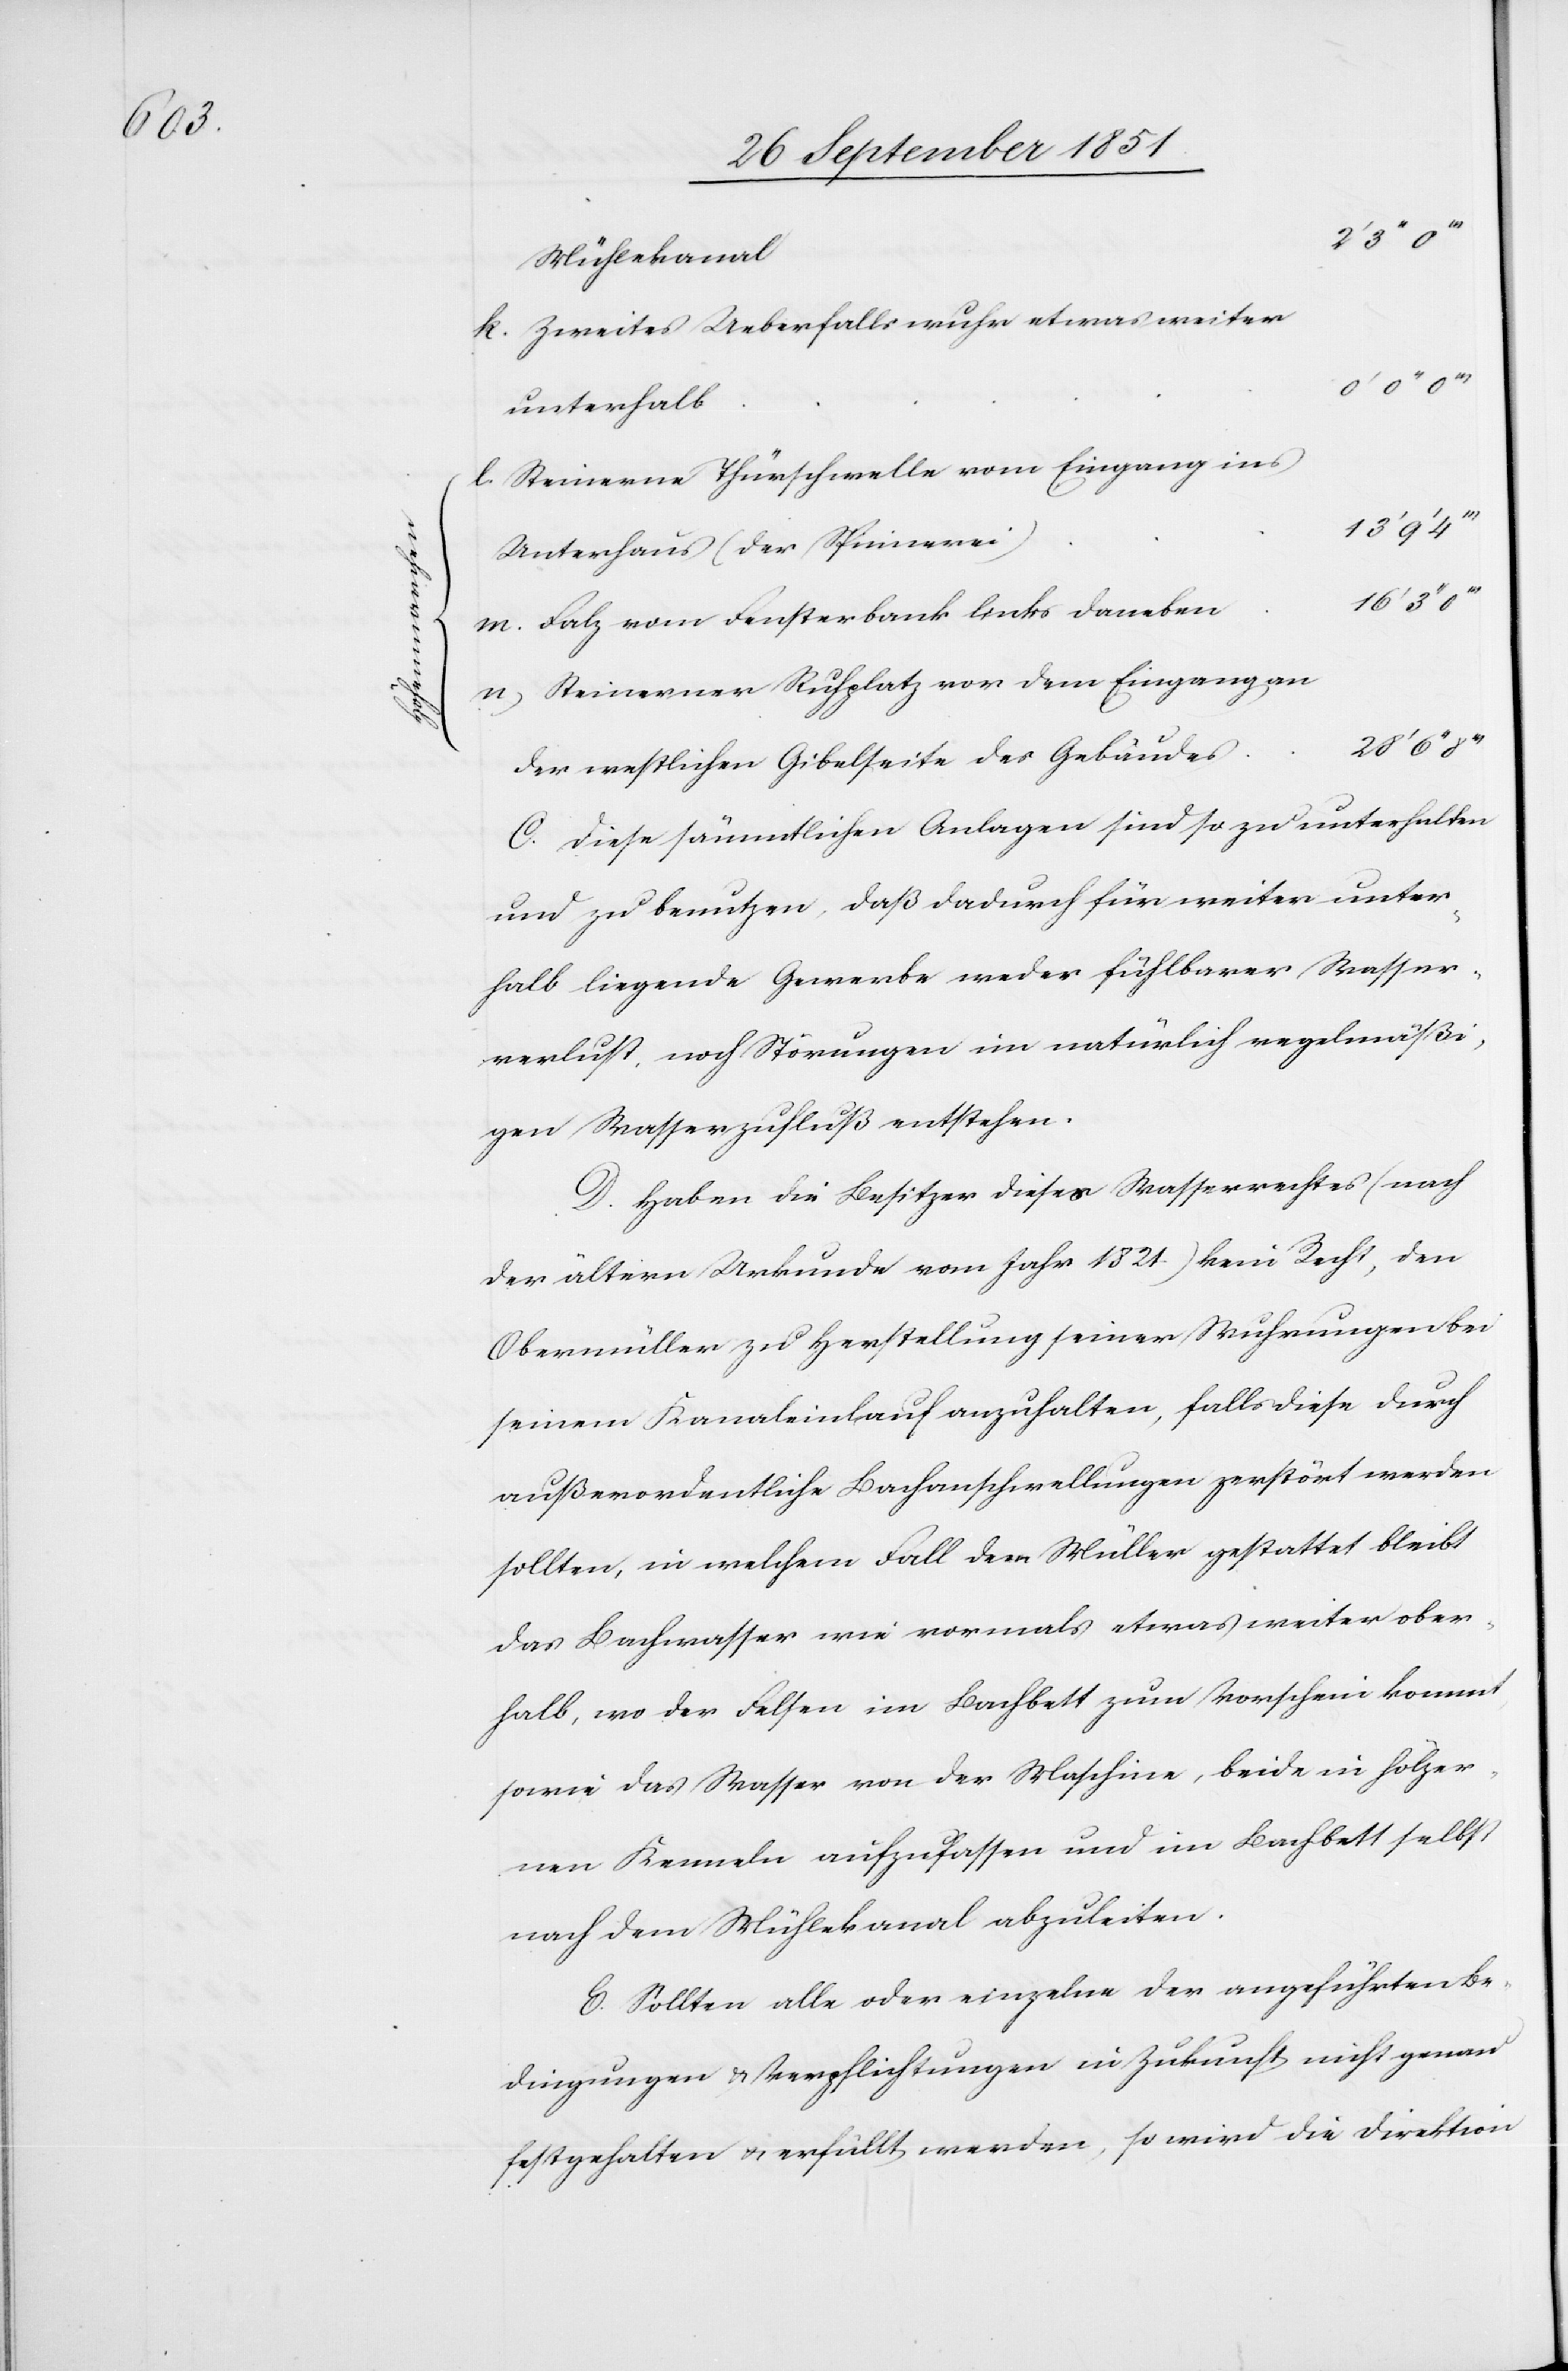
13‘

E.

Mühlekanal
Zweites Ueberfallswuhr etwas weiter
unterhalb
Steinerne Thürschwelle vom Eingang ins
Unterhaus (der Spinnerei)
Falz vom Fensterbank links daneben
Steinerner Ruhplatz vor dem Eingang an
28‘ 6‘‘
der westlichen Gibelseite des Gebäudes
Diese sämmtlichen Anlagen sind so zu unterhalten
und zu benutzen, daß dadurch für weiter unter¬
halb liegende Gewerbe weder fühlbarer Wasser¬
verlust, noch Störungen im natürlich regelmäßi¬
gen Wasserzufluß entstehen.
Haben die Besitzer dieses Wasserrechtes (nach
der ältern Urkunde vom Jahr 1821.) kein Recht, den
Obermüller zu Herstellung seiner Wuhrungen bei
seinem Kanaleinlauf anzuhalten, falls diese durch
außerordentliche Bachanschwellungen zerstört werden
sollten, in welchem Fall dem Müller gestattet bleibt
das Bachwasser wie vormals etwas weiter ober¬
halb, wo der Felsen im Bachbett zum Vorschein kommt,
sowie das Wasser von der Maschine, beide in hölzer¬
nen Kenneln aufzufassen und im Bachbett selbst
nach dem Mühlekanal abzuleiten.
Sollten alle oder einzelne der angeführten Be¬
dingungen & Verpflichtungen in Zukunft nicht genau
festgehalten & erfüllt werden, so wird die Direktion